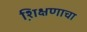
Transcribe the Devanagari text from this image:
शि़क्षणाचा